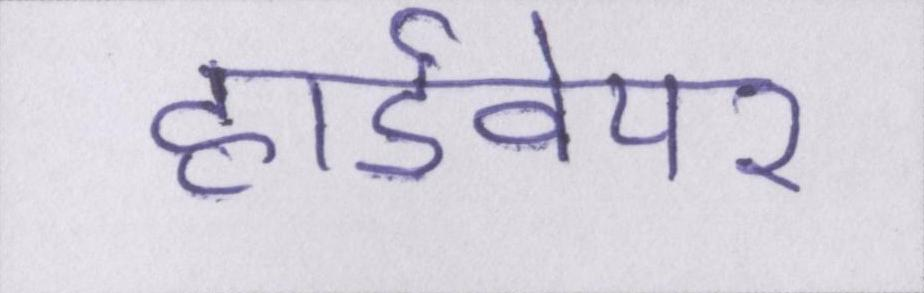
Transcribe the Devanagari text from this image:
हार्डवेयर